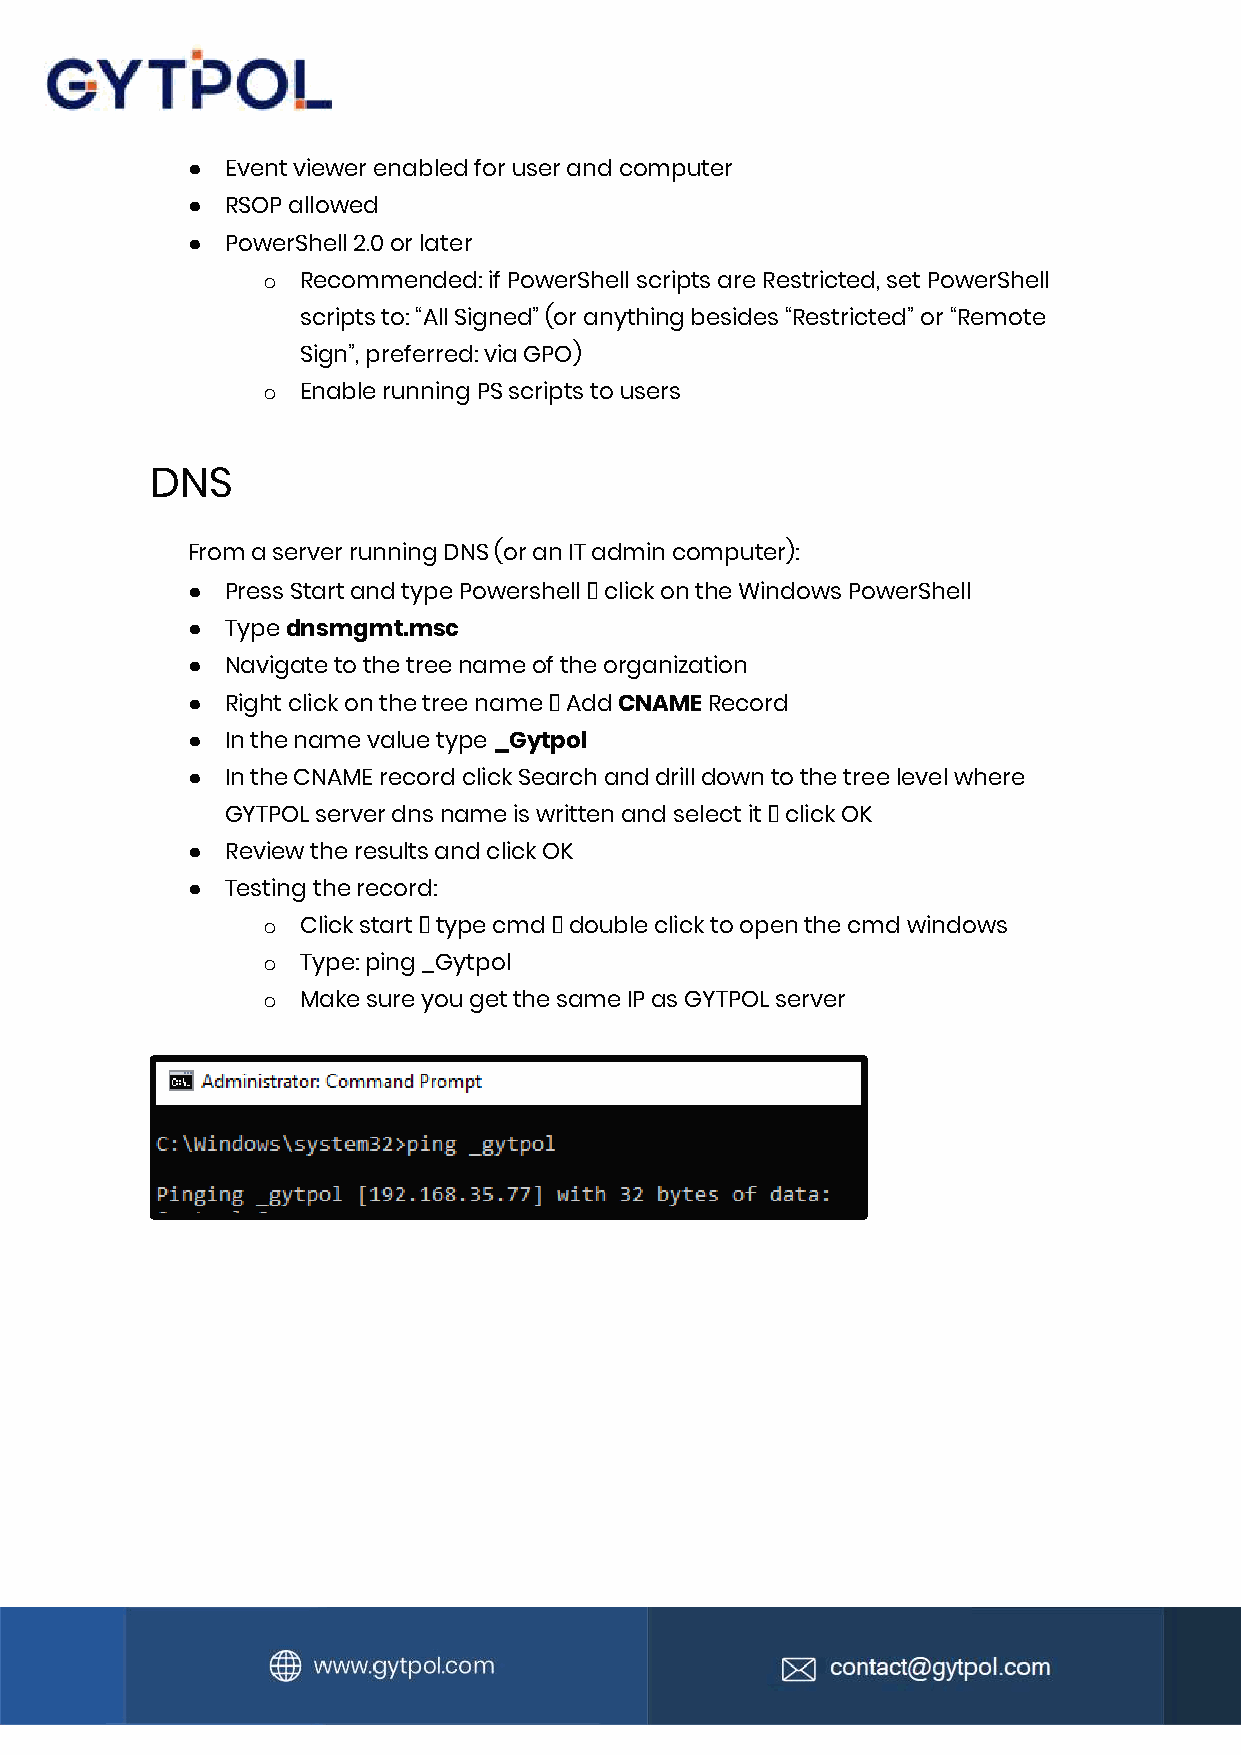
●  Event viewer enabled for user and computer
 ●  RSOP allowed
 ●  PowerShell 2.0 or later
 o  Recommended: if PowerShell scripts are Restricted, set PowerShell
 scripts to: “All Signed” (or anything besides “Restricted” or “Remote
 Sign”, preferred: via GPO)
 o  Enable running PS scripts to users
 DNS
 From a server running DNS (or an IT admin computer):
 ●  Press Start and type Powershell 🡪 click on the Windows PowerShell
 ●  Type dnsmgmt.msc
 ●  Navigate to the tree name of the organization
 ●  Right click on the tree name 🡪 Add CNAME Record
 ●  In the name value type _Gytpol
 ●  In the CNAME record click Search and drill down to the tree level where
 GYTPOL server dns name is written and select it 🡪 click OK
 ●  Review the results and click OK
 ●  Testing the record:
 o  Click start 🡪 type cmd 🡪 double click to open the cmd windows
 o  Type: ping _Gytpol
 o  Make sure you get the same IP as GYTPOL server